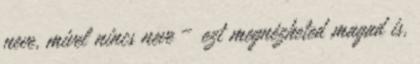
neve, mivel nincs neve – ezt megnézheted magad is,